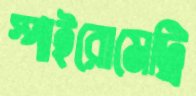
স্পাইরোমেট্রি